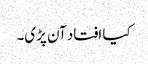
کیا افتاد آن پڑی۔